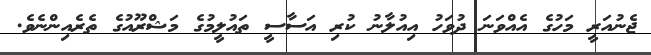
ޖެނުއަރީ މަހުގެ އެއްވަނަ ދުވަހު އިއުލާނު ކުރި އަސާސީ ތައުލީމުގެ މަޝްރޫއުގެ ތެރެއިންނެވެ.